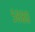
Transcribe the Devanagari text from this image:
५८८०